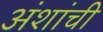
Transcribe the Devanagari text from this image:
अंशांची